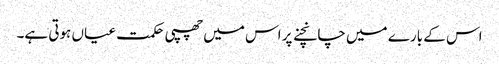
اس کے بارے میں چانچنے پر اس میں چھپی حکمت عیاں ہوتی ہے۔